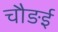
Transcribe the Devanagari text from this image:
चौङई